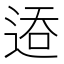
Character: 𬨦